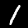
Digit: 1